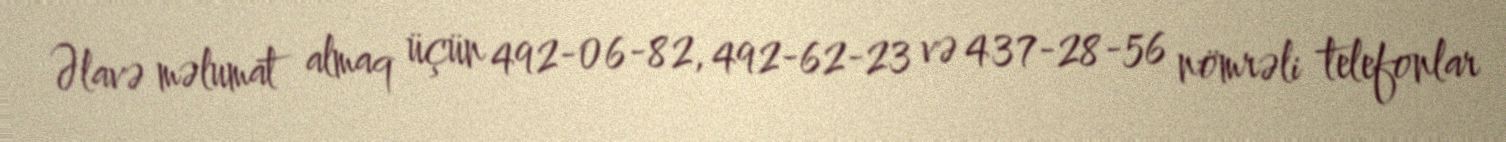
Əlavə məlumat almaq üçün 492-06-82, 492-62-23 və 437-28-56 nömrəli telefonlar